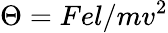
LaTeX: \Theta=Fel/mv^{2}